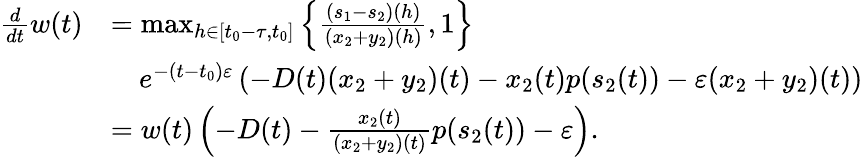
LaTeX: \begin{array}{rl}{\frac{d}{dt}w(t)}&{=\operatorname*{max}_{h\in[t_{0}-\tau,t_{0}]}\left\{ \frac{(s_{1}-s_{2})(h)}{(x_{2}+y_{2})(h)},1\right\} }\\ &{\quad e^{-(t-t_{0})\varepsilon}\left(-D(t)(x_{2}+y_{2})(t)-x_{2}(t)p(s_{2}(t))-\varepsilon(x_{2}+y_{2})(t)\right)}\\ &{=w(t)\left(-D(t)-\frac{x_{2}(t)}{(x_{2}+y_{2})(t)}p(s_{2}(t))-\varepsilon\right).}\end{array}